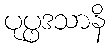
ပုပ္ဖဒသာနိ